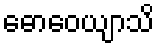
ဓောဝေယျာသိ